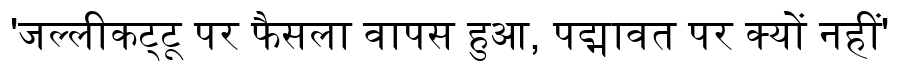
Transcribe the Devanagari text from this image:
'जल्लीकट्टू पर फैसला वापस हुआ, पद्मावत पर क्यों नहीं'